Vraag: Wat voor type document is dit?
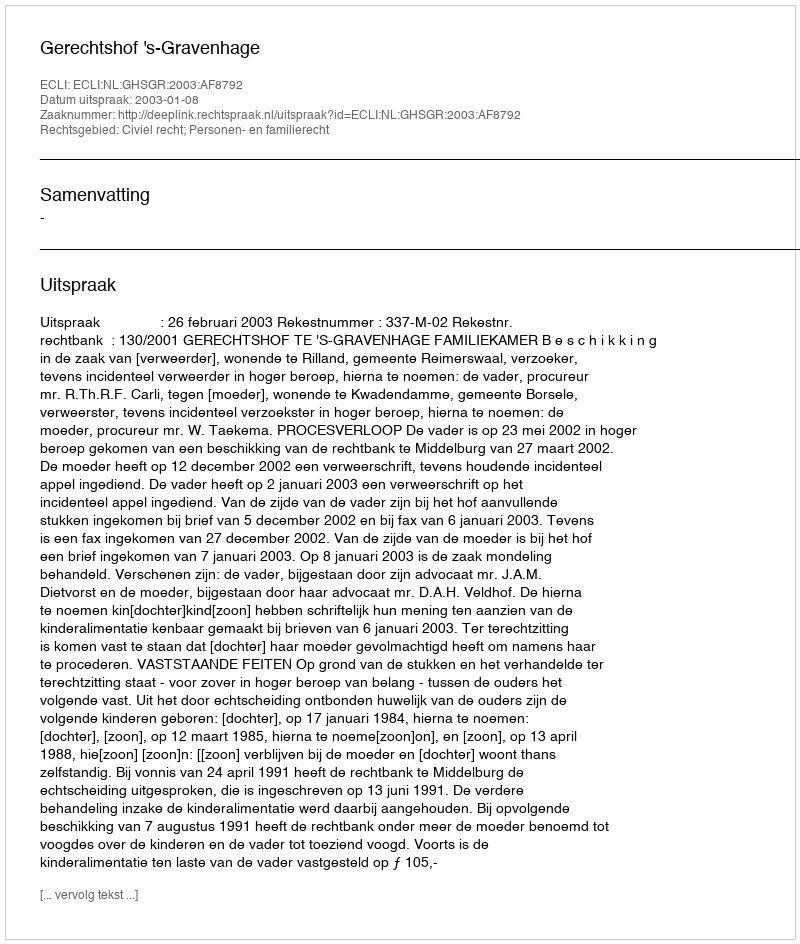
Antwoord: Uitspraak